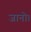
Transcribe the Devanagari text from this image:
जानो।